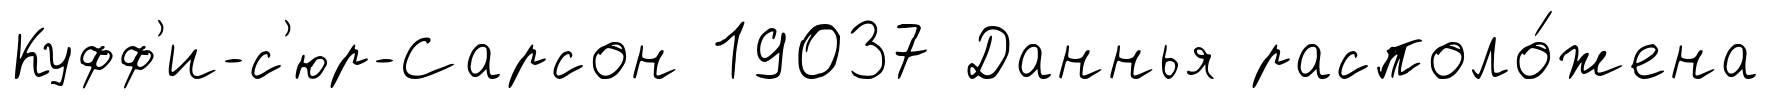
Куфф'и-с'юр-Сарсон 19037 Даннья располо́жена